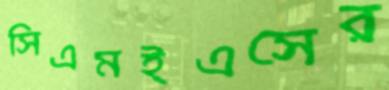
সিএমইএসের